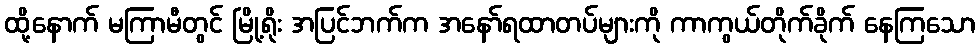
ထို့နောက် မကြာမီတွင် မြို့ရိုး အပြင်ဘက်က အနော်ရထာတပ်များကို ကာကွယ်တိုက်ခိုက် နေကြသော